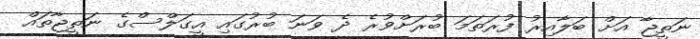
ނަތީޖާ އަށް ބަލާއިރު ފުރަަތަމަ ބުރަށްވުރެ ދެ ވަނަ ބުރުގައި އީގަލްސްގެ ނަތީޖާތައް